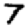
Digit: 7